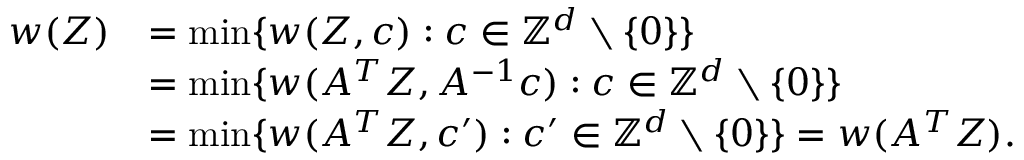
\begin{array} { r l } { w ( Z ) } & { = \operatorname* { m i n } \{ w ( Z , c ) : c \in \mathbb { Z } ^ { d } \setminus \{ 0 \} \} } \\ & { = \operatorname* { m i n } \{ w ( A ^ { T } Z , A ^ { - 1 } c ) : c \in \mathbb { Z } ^ { d } \setminus \{ 0 \} \} } \\ & { = \operatorname* { m i n } \{ w ( A ^ { T } Z , c ^ { \prime } ) : c ^ { \prime } \in \mathbb { Z } ^ { d } \setminus \{ 0 \} \} = w ( A ^ { T } Z ) . } \end{array}